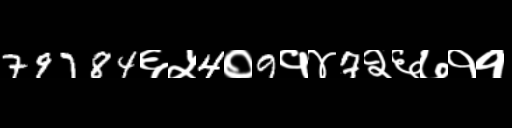
Text: 79784६५4०9१४7२६७११